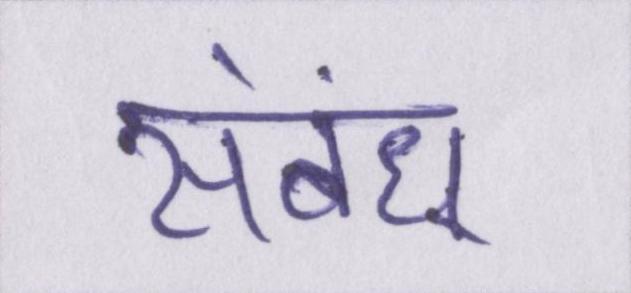
संबंध्